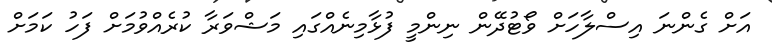
އަށް ގެންނަ އިސްލާހަށް ވޯޓުދޭން ނިންމީ ފުޅާމިނެއްގައި މަޝްވަރާ ކުރެއްވުމަށް ފަހު ކަމަށް